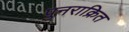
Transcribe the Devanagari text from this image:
पुनराक्रित